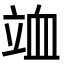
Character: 𥩹